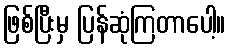
ဖြစ်ပြီးမှ ပြန်ဆုံကြတာပေါ့။